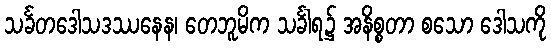
သင်္ခတဒေါသဒဿနေန၊ တေဘူမိက သင်္ခါရ၌ အနိစ္စတာ စသော ဒေါသကို